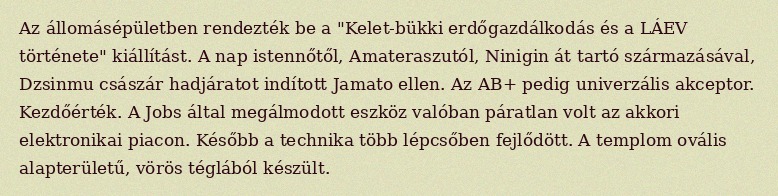
Az állomásépületben rendezték be a "Kelet-bükki erdőgazdálkodás és a LÁEV története" kiállítást. A nap istennőtől, Amateraszutól, Ninigin át tartó származásával, Dzsinmu császár hadjáratot indított Jamato ellen. Az AB+ pedig univerzális akceptor. Kezdőérték. A Jobs által megálmodott eszköz valóban páratlan volt az akkori elektronikai piacon. Később a technika több lépcsőben fejlődött. A templom ovális alapterületű, vörös téglából készült.